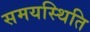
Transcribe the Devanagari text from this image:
समयस्थिति